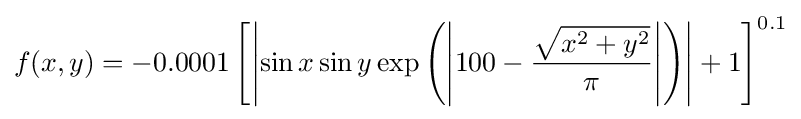
f(x,y)=-0.0001\left[\left|\sin x\sin y\exp \left(\left|100-{\frac {\sqrt {x^{2}+y^{2}}}{\pi }}\right|\right)\right|+1\right]^{0.1}